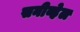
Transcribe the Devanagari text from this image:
सनीव्हेल